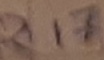
Text: R17